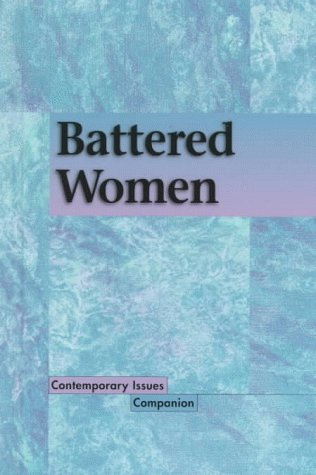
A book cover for Contemporary Issues Companion - Battered Women (hardcover edition); Teen & Young Adult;